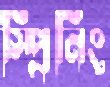
স্প্রিনিং